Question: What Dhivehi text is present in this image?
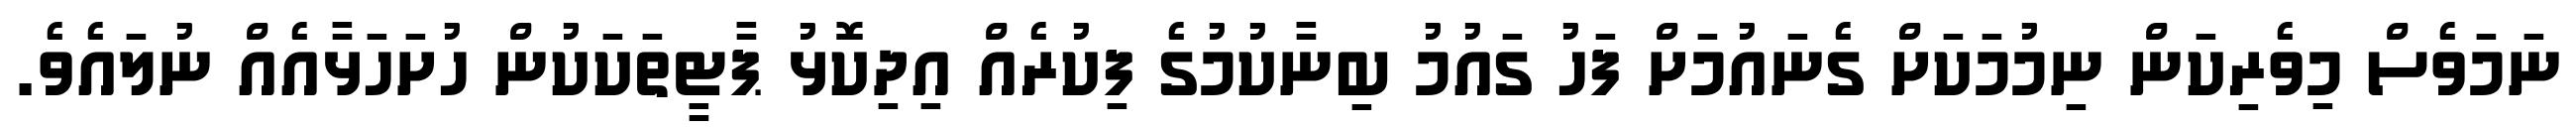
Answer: ނަމަވެސް މިވެރިކަން ނިމުމަކަށް ގެނައުމަށް ފަހު ގައުމު ބިނާކުމުގެ ފިކުރެއް އިދިކޮޅު ޕާޓީތަކަކުން ހުށަހަޅާއެއް ނުލައެވެ.